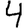
Digit: 4